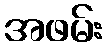
အဖမ်း